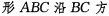
形ABC沿BC方